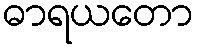
ဓာရယတော